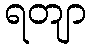
ရတျာ